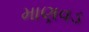
માણવડ